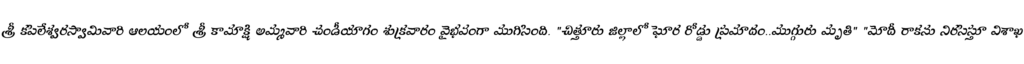
శ్రీ కపిలేశ్వరస్వామివారి ఆలయంలో శ్రీ కామాక్షి అమ్మవారి చండీయాగం శుక్రవారం వైభవంగా ముగిసింది. "చిత్తూరు జిల్లాలో ఘోర రోడ్డు ప్రమాదం..ముగ్గురు మృతి" "మోదీ రాకను నిరసిస్తూ విశాఖ